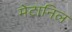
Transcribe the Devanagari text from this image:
मेटानिल